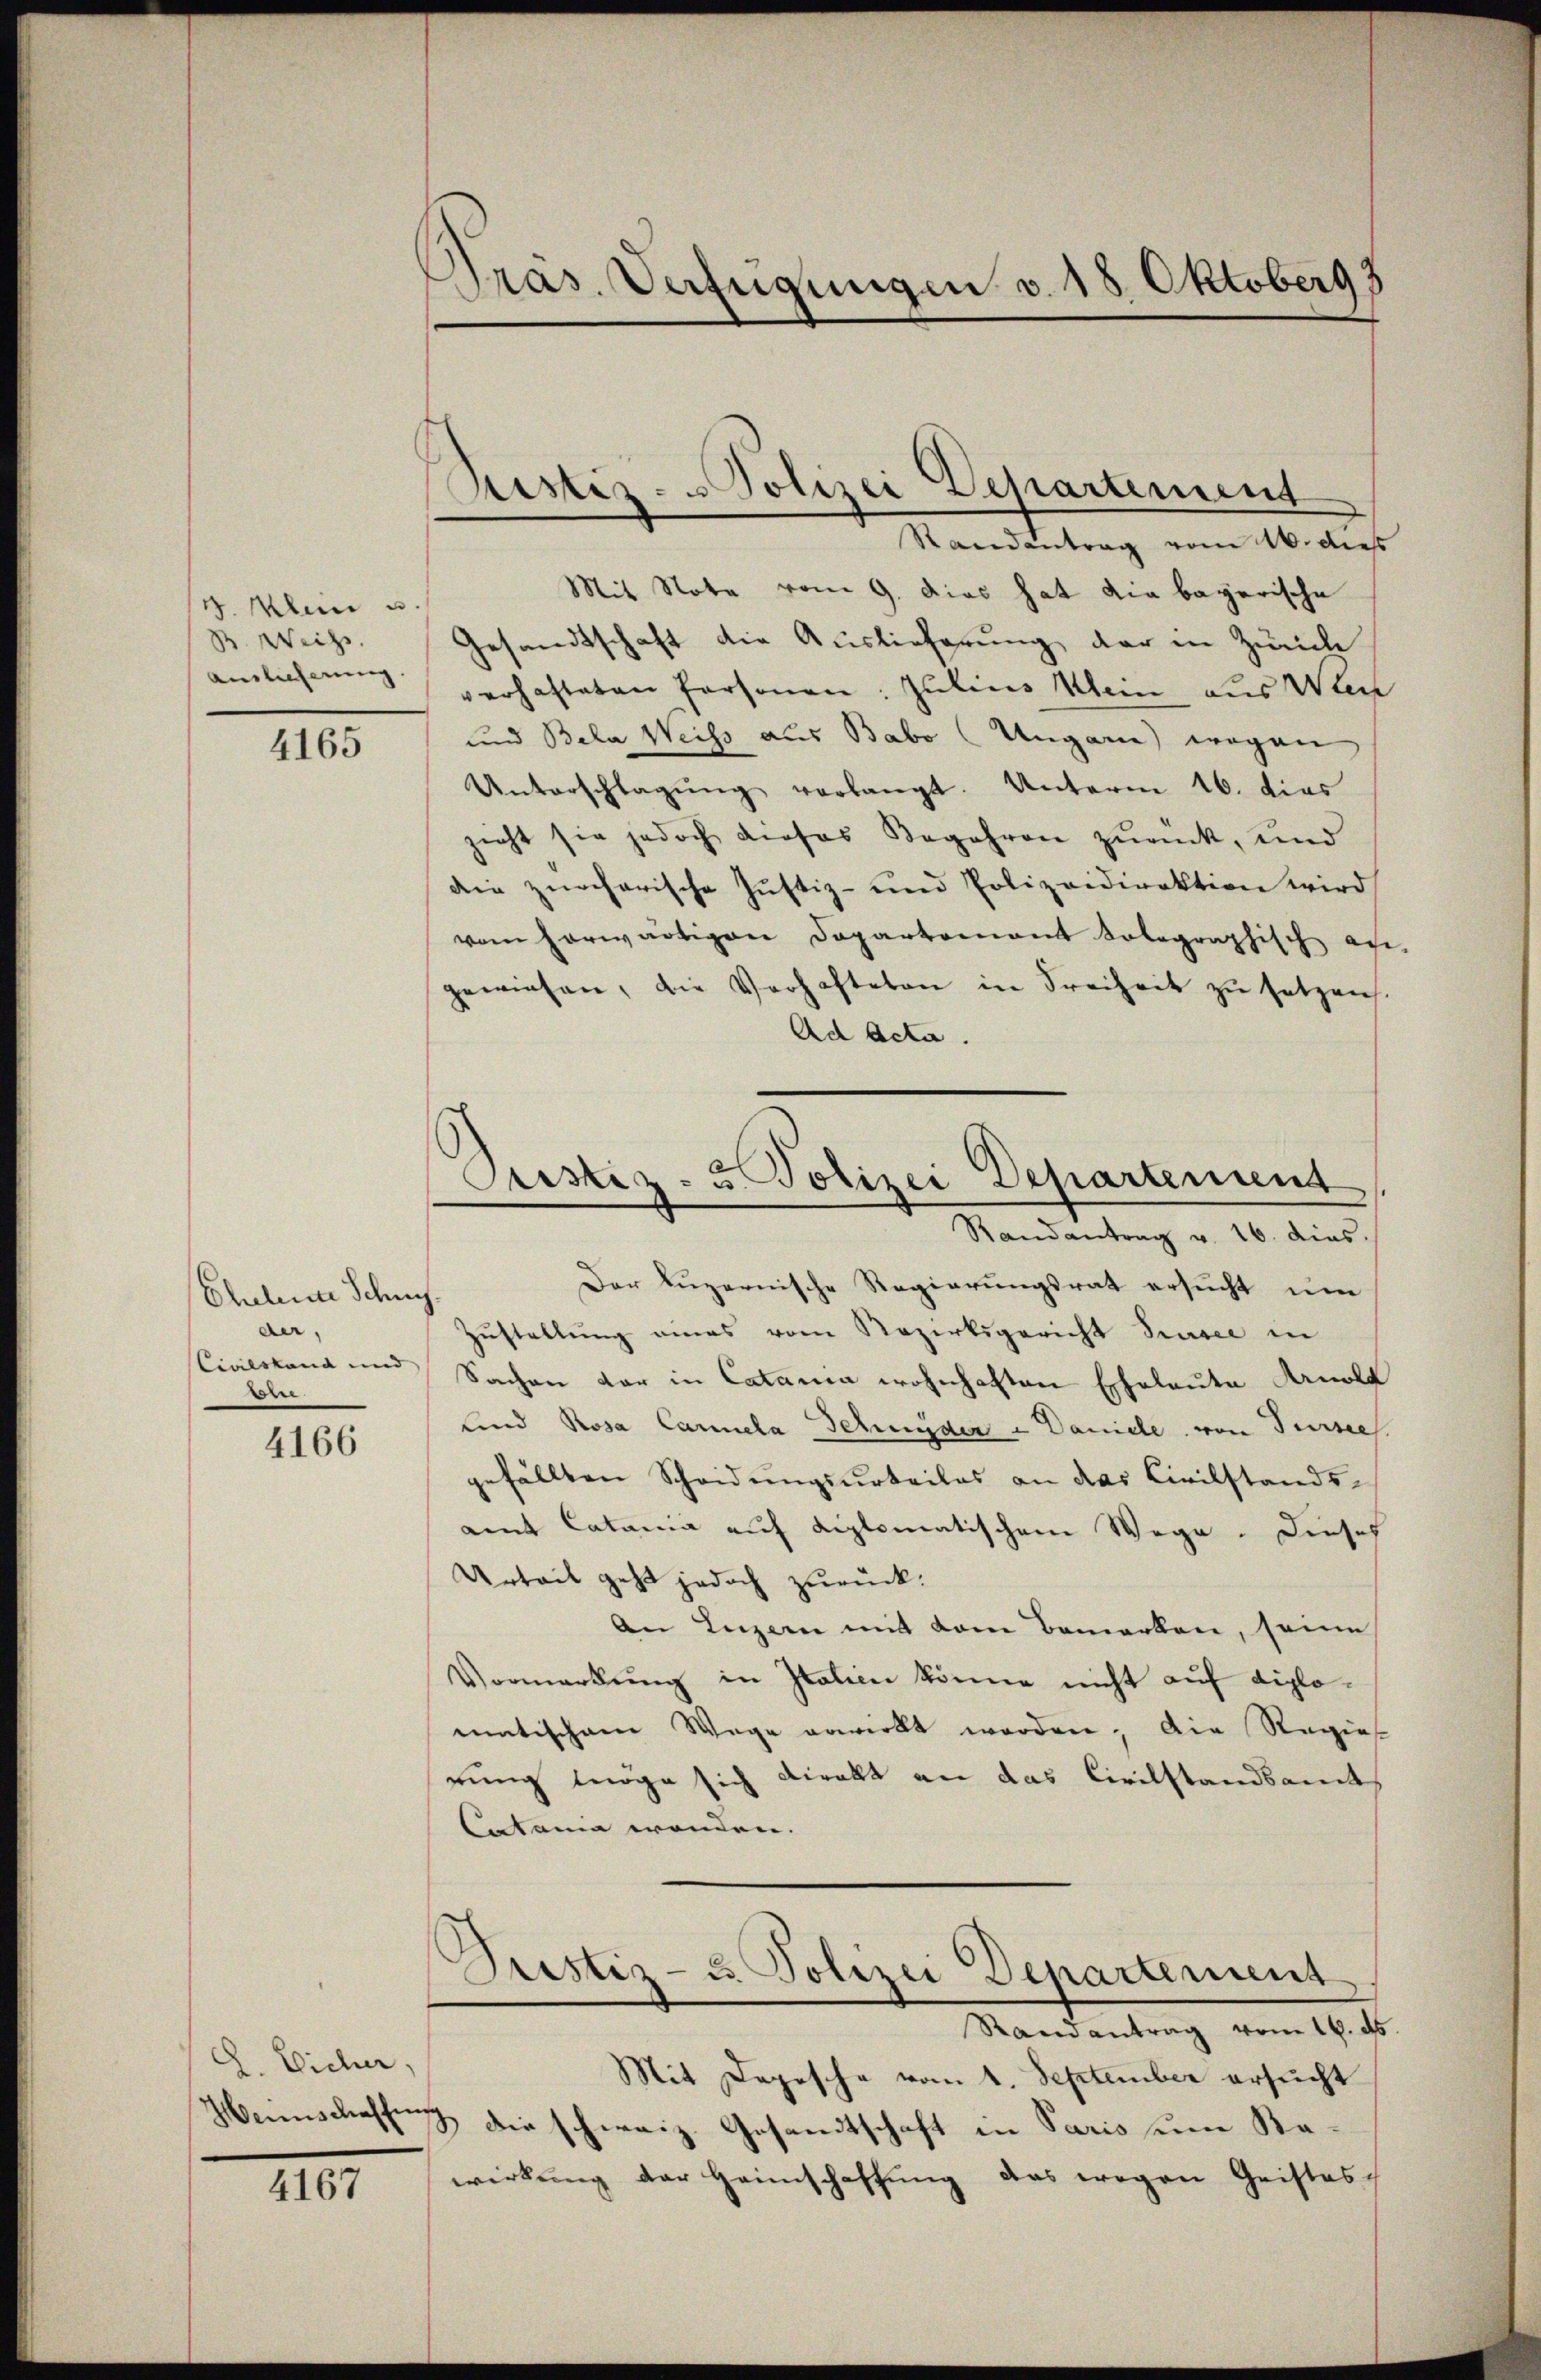
4. Klein u
B. Weiss.
Auslieferung.

4165

Chalena Schnyde
Civilstand und
e

4166

G. Eicher.
Henenschaffen

4167

Präs. Verfügungen v. 18. Oktoberg z

Bestiz- u Polizei Departement

Pristiz- u. Polizei Departement
Randantrag v. 16. dies.

Randantrag vom 16. dies
Mit Note vom 9. Dies hat die bayerische
Gesandtschaft die Auslieferung der in Zürich
verhafteten Personen: Julius Mein aus Wer
und Bela Weiss aus Babo Ungare) wegen
Unterschlagŭng verlangt. Unterm 16. dies
zieht sie jedoch dieses Begehren zurück, und
die zürcherische Justiz- und Polizeidirektion wird
vom herwärtigen Departement tolographisch au
gewiesen, die Verhafteten in Freiheit zŭ setzen
Ad Acta.
Der Luzernische Regierungsrat ersucht um
Zŭstellŭng eines vom Rezirksgericht Prusee in
Sachen vor in Catania wohnhaften Eheleute Arnold
und Rosa Carmela Sehender u Daniele von Tursee
gefällten Scheidungsurteiles an das Civilstands-
amt Catania auf diplomatischem Wege. Dieses
Urteil geht jedoch zurück:
An Luzern mit dem Bemerken, seine
Vormerkŭng in Italien könne nicht auf diplomatischem Wege erwirkt worden; die Regie
rung trage sich direkt an das Civilstandsamt
Latania wenden.
Justiz- u. Polizei Departement
Randantrag vom 16. ds
Mit Depesche vom 1. September ersucht
17 die schweiz. Gesandtschaft in Paris um Bawirkŭng der Heimschaffŭng das wegen Geistes